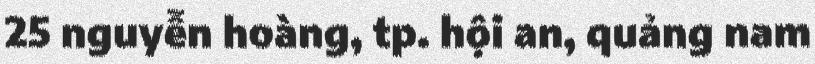
25 nguyễn hoàng, tp. hội an, quảng nam